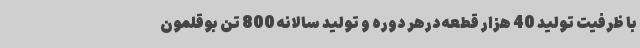
با ظرفیت تولید 40 هزار قطعه درهر دوره و تولید سالانه 800 تن بوقلمون